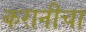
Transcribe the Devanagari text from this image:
करानीचा